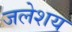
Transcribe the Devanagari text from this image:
जलेशय